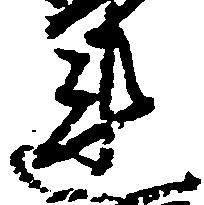
連